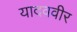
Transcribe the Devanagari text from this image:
यादववीर